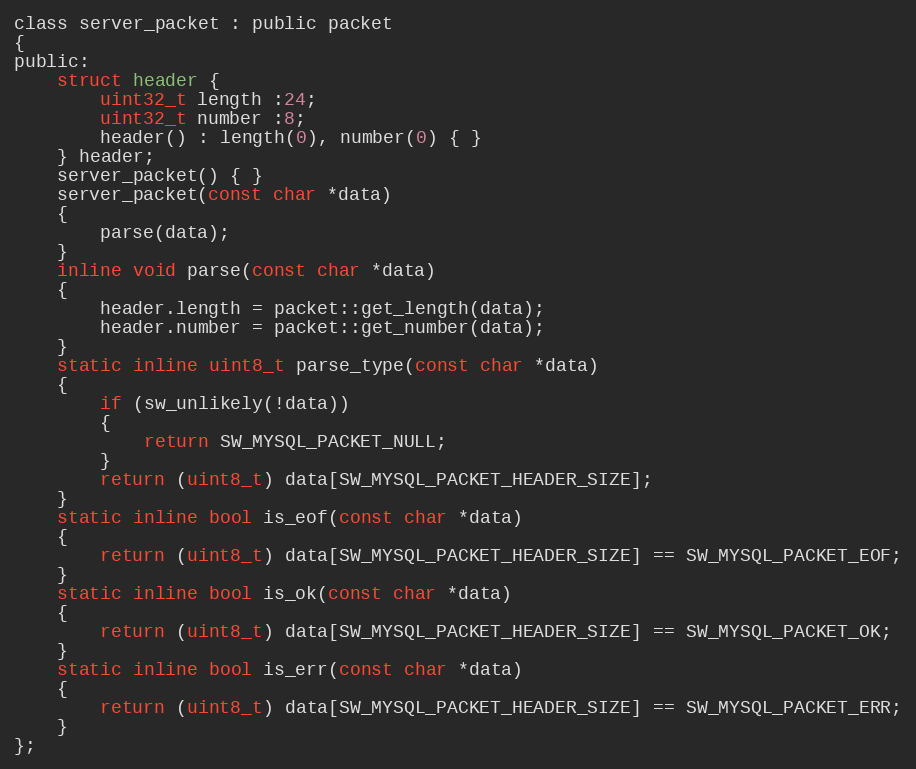
Language: C
class server_packet : public packet
{
public:
    struct header {
        uint32_t length :24;
        uint32_t number :8;
        header() : length(0), number(0) { }
    } header;
    server_packet() { }
    server_packet(const char *data)
    {
        parse(data);
    }
    inline void parse(const char *data)
    {
        header.length = packet::get_length(data);
        header.number = packet::get_number(data);
    }
    static inline uint8_t parse_type(const char *data)
    {
        if (sw_unlikely(!data))
        {
            return SW_MYSQL_PACKET_NULL;
        }
        return (uint8_t) data[SW_MYSQL_PACKET_HEADER_SIZE];
    }
    static inline bool is_eof(const char *data)
    {
        return (uint8_t) data[SW_MYSQL_PACKET_HEADER_SIZE] == SW_MYSQL_PACKET_EOF;
    }
    static inline bool is_ok(const char *data)
    {
        return (uint8_t) data[SW_MYSQL_PACKET_HEADER_SIZE] == SW_MYSQL_PACKET_OK;
    }
    static inline bool is_err(const char *data)
    {
        return (uint8_t) data[SW_MYSQL_PACKET_HEADER_SIZE] == SW_MYSQL_PACKET_ERR;
    }
};